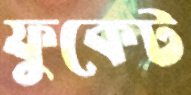
ফুকেট